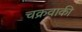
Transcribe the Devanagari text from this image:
चक्रवाकी